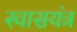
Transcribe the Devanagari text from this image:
स्वासयंत्र